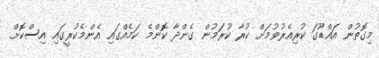
މިގޮތުން އައްޑޫގަ ކުރިއެރުވުމަށް ކުރާ ކުރަމުން ގެންދާ ކޮންމެ ކަމެއްގައި އެންމެކުރީގައި އިސްކޮށް